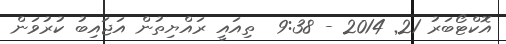
އޮކްޓޯބަރު 21